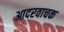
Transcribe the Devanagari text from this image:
आदरवाचक